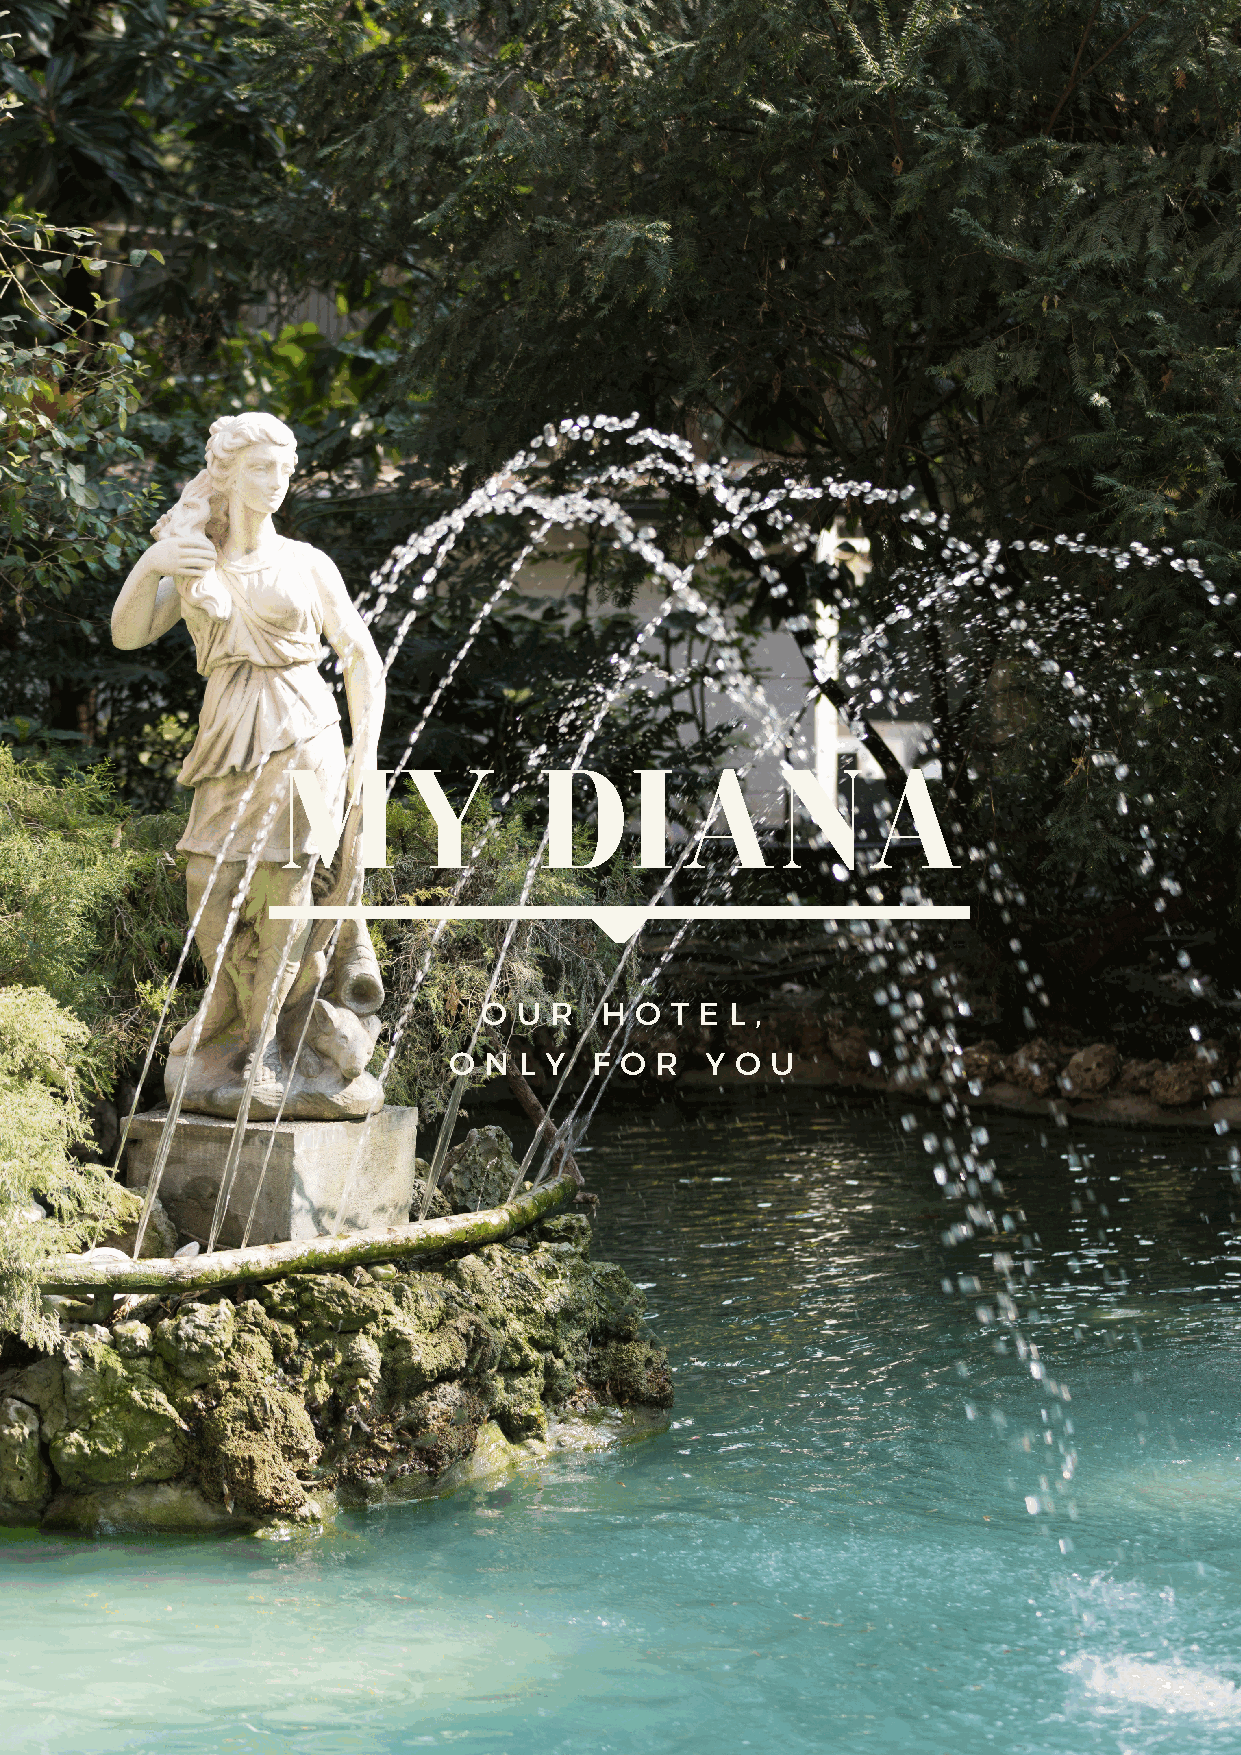
MY                DIANA
 O U R   H O T E L ,
 O N L Y  F O R   Y O U